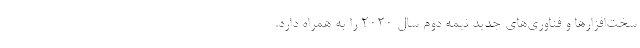
سخت‌افزارها و فناوری‌های جدید نیمه دوم سال 2020 را به همراه دارد.